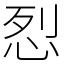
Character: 㤠